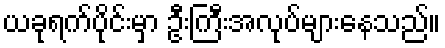
ယခုရက်ပိုင်းမှာ ဦးကြီးအလုပ်များနေသည်။